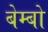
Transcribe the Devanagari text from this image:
बेम्बो